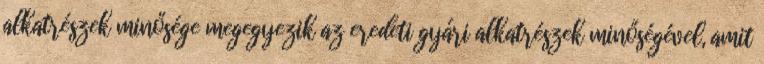
alkatrészek minősége megegyezik az eredeti gyári alkatrészek minőségével, amit